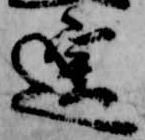
遥